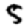
Digit: 5